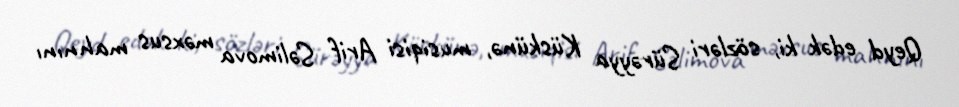
Qeyd edək ki, sözləri Sürəyya Küskünə, musiqisi Arif Səlimova məxsus mahnını